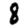
Digit: 8